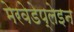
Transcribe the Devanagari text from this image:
मेरवेडेप्लेइन